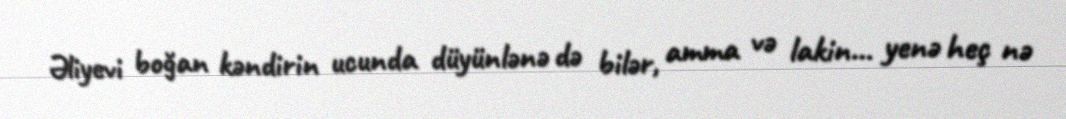
Əliyevi boğan kəndirin ucunda düyünlənə də bilər, amma və lakin... yenə heç nə